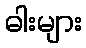
ဓါးများ